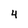
Character: 4